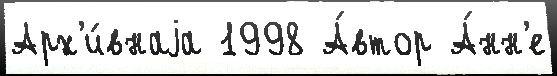
Арх'и́внаjа 1998 А́втор А́нн'е